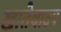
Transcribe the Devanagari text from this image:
खातेवाटप